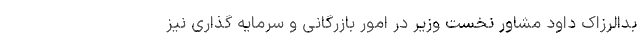
بدالرزاک داود مشاور نخست وزیر در امور بازرگانی و سرمایه گذاری نیز